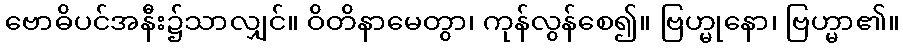
ဗောဓိပင်အနီး၌သာလျှင်။ ဝိတိနာမေတွာ၊ ကုန်လွန်စေ၍။ ဗြဟ္မုနော၊ ဗြဟ္မာ၏။